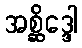
အစ္ဆိဒ္ဒေါ